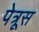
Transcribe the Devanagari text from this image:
पेत्रूस